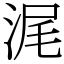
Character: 浘